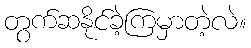
တွက်ဆနိုင်ခဲ့ကြမှာတဲ့လဲ။